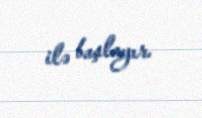
ilə başlayır.